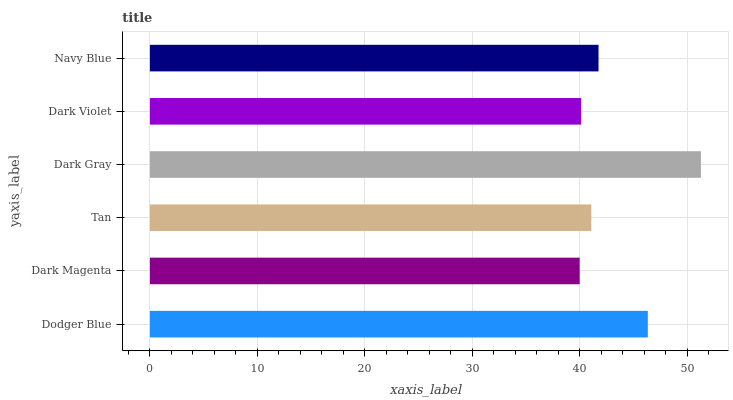
| yaxis_label | bars |
 | --- | --- |
 | Dodger Blue | 46.3 |
 | Dark Magenta | 40 |
 | Tan | 41.1 |
 | Dark Gray | 51.3 |
 | Dark Violet | 40.1 |
 | Navy Blue | 41.7 |